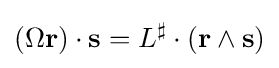
(\Omega \mathbf {r} )\cdot \mathbf {s} =L^{\sharp }\cdot (\mathbf {r} \wedge \mathbf {s} )